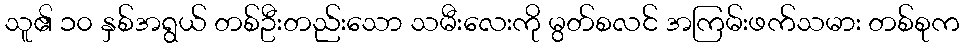
သူ၏ ၁၀ နှစ်အရွယ် တစ်ဦးတည်းသော သမီးလေးကို မွတ်စလင် အကြမ်းဖက်သမား တစ်စုက